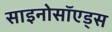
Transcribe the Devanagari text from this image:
साइनोसॉएड्स